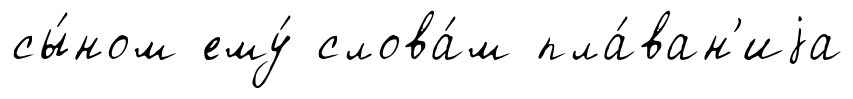
сы́ном ему́ слова́м пла́ван'иjа